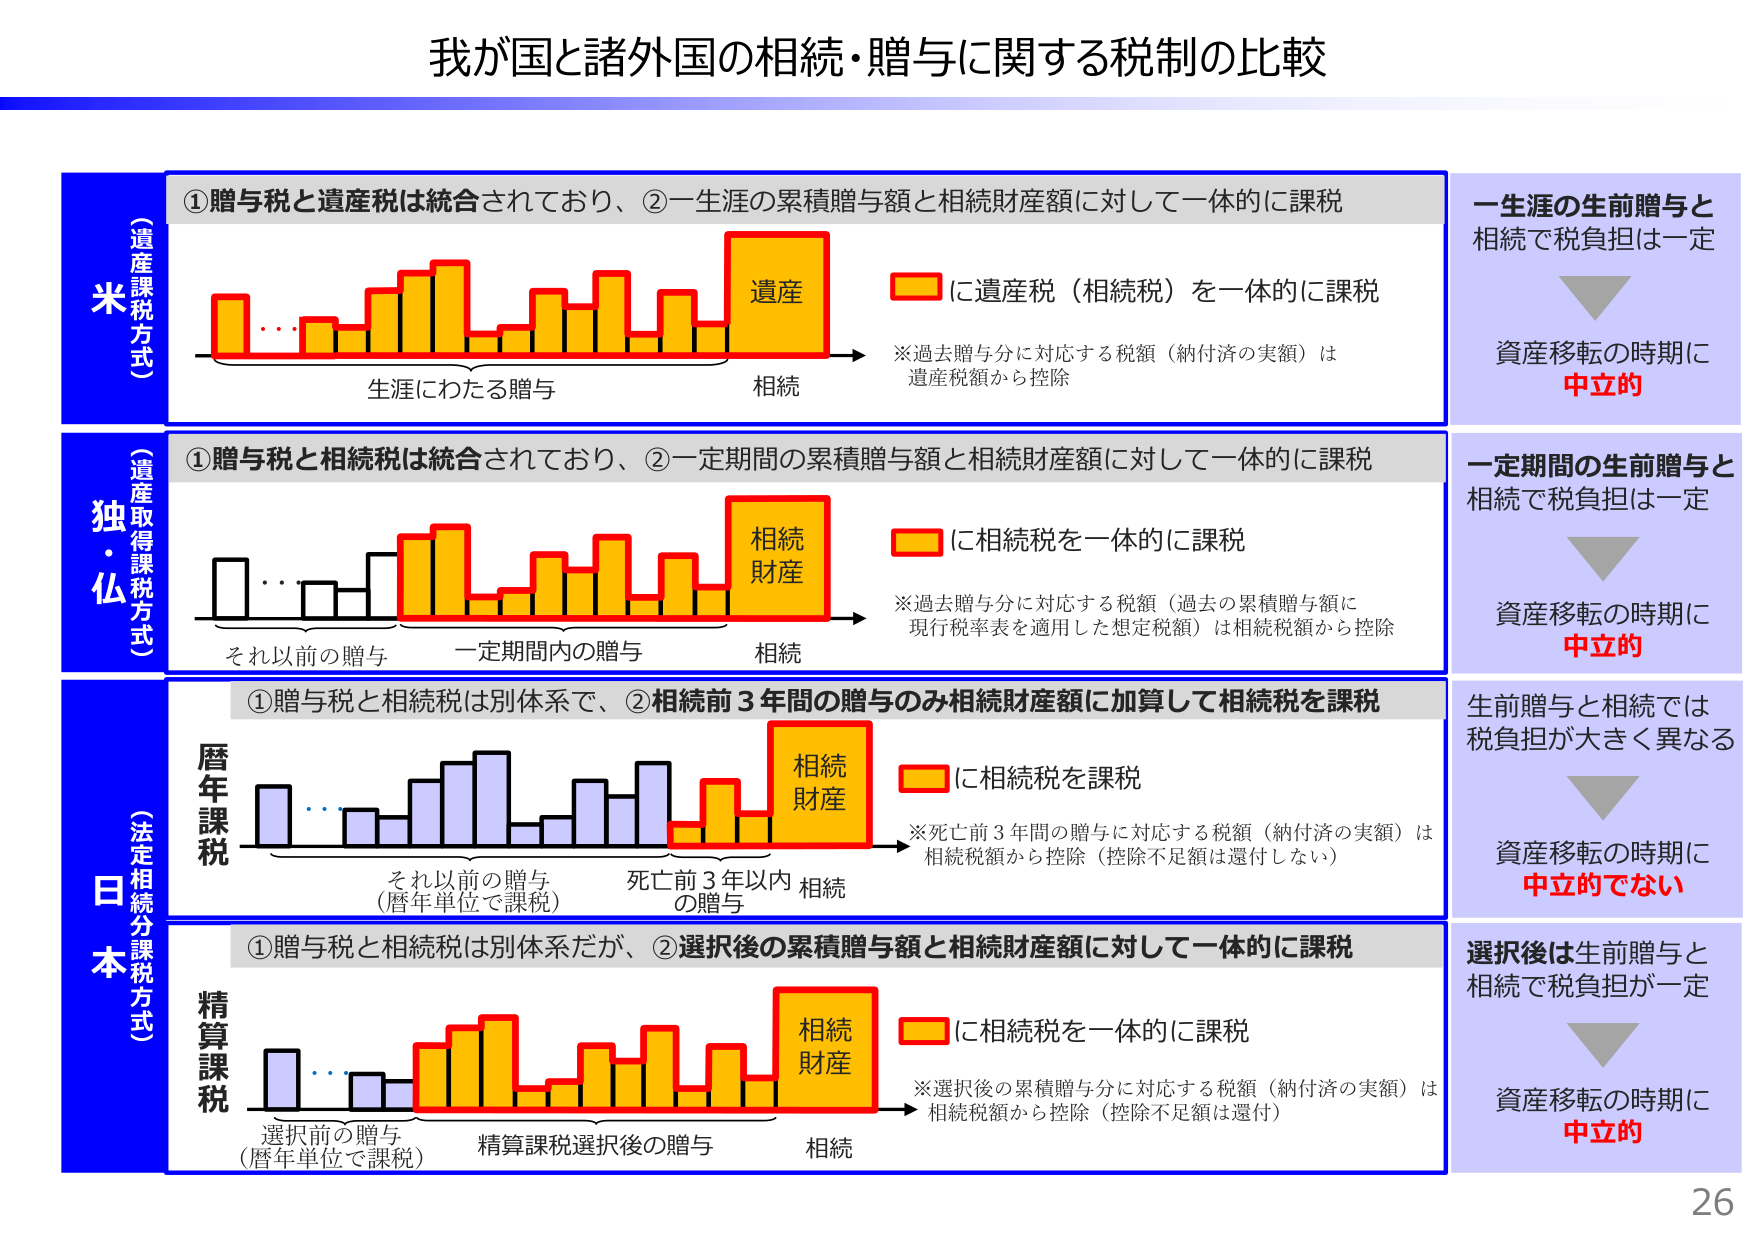
我が国と諸外国の相続・贈与に関する税制の比較

（遺産課税方式）
米
①贈与税と遺産税は統合されており、②一生涯の累積贈与額と相続財産額に対して一体的に課税
生涯にわたる贈与　→　相続
　　遺産
　　（橙色の棒グラフ）
　　※過去贈与分に対応する税額（納付済の実額）は
　　遺産税額から控除
　　→　に遺産税（相続税）を一体的に課税
一生涯の生前贈与と
相続で税負担は一定
　　▼
　　資産移転の時期に
　　中立的

（遺産取得課税方式）
独・仏
①贈与税と相続税は統合されており、②一定期間の累積贈与額と相続財産額に対して一体的に課税
それ以前の贈与　→　一定期間内の贈与　→　相続
　　相続財産
　　（橙色の棒グラフ）
　　※過去贈与分に対応する税額（過去の累積贈与額に
　　現行税率表を適用した想定税額）は相続税額から控除
　　→　に相続税を一体的に課税
一定期間の生前贈与と
相続で税負担は一定
　　▼
　　資産移転の時期に
　　中立的

（法定相続分課税方式）
日本
①贈与税と相続税は別体系で、②相続前3年間の贈与のみ相続財産額に加算して相続税を課税
それ以前の贈与（暦年単位で課税）　→　死亡前3年以内の贈与　→　相続
　　相続財産
　　（橙色の棒グラフ）
　　※死亡前3年間の贈与に対応する税額（納付済の実額）は
　　相続税額から控除（控除不足額は還付しない）
　　→　に相続税を課税
生前贈与と相続では
税負担が大きく異なる
　　▼
　　資産移転の時期に
　　中立的でない

（精算課税方式）
日本
①贈与税と相続税は別体系だが、②選択後の累積贈与額と相続財産額に対して一体的に課税
選択前の贈与（暦年単位で課税）　→　精算課税選択後の贈与　→　相続
　　相続財産
　　（橙色の棒グラフ）
　　※選択後の累積贈与分に対応する税額（納付済の実額）は
　　相続税額から控除（控除不足額は還付）
　　→　に相続税を一体的に課税
選択後は生前贈与と
相続で税負担が一定
　　▼
　　資産移転の時期に
　　中立的

26